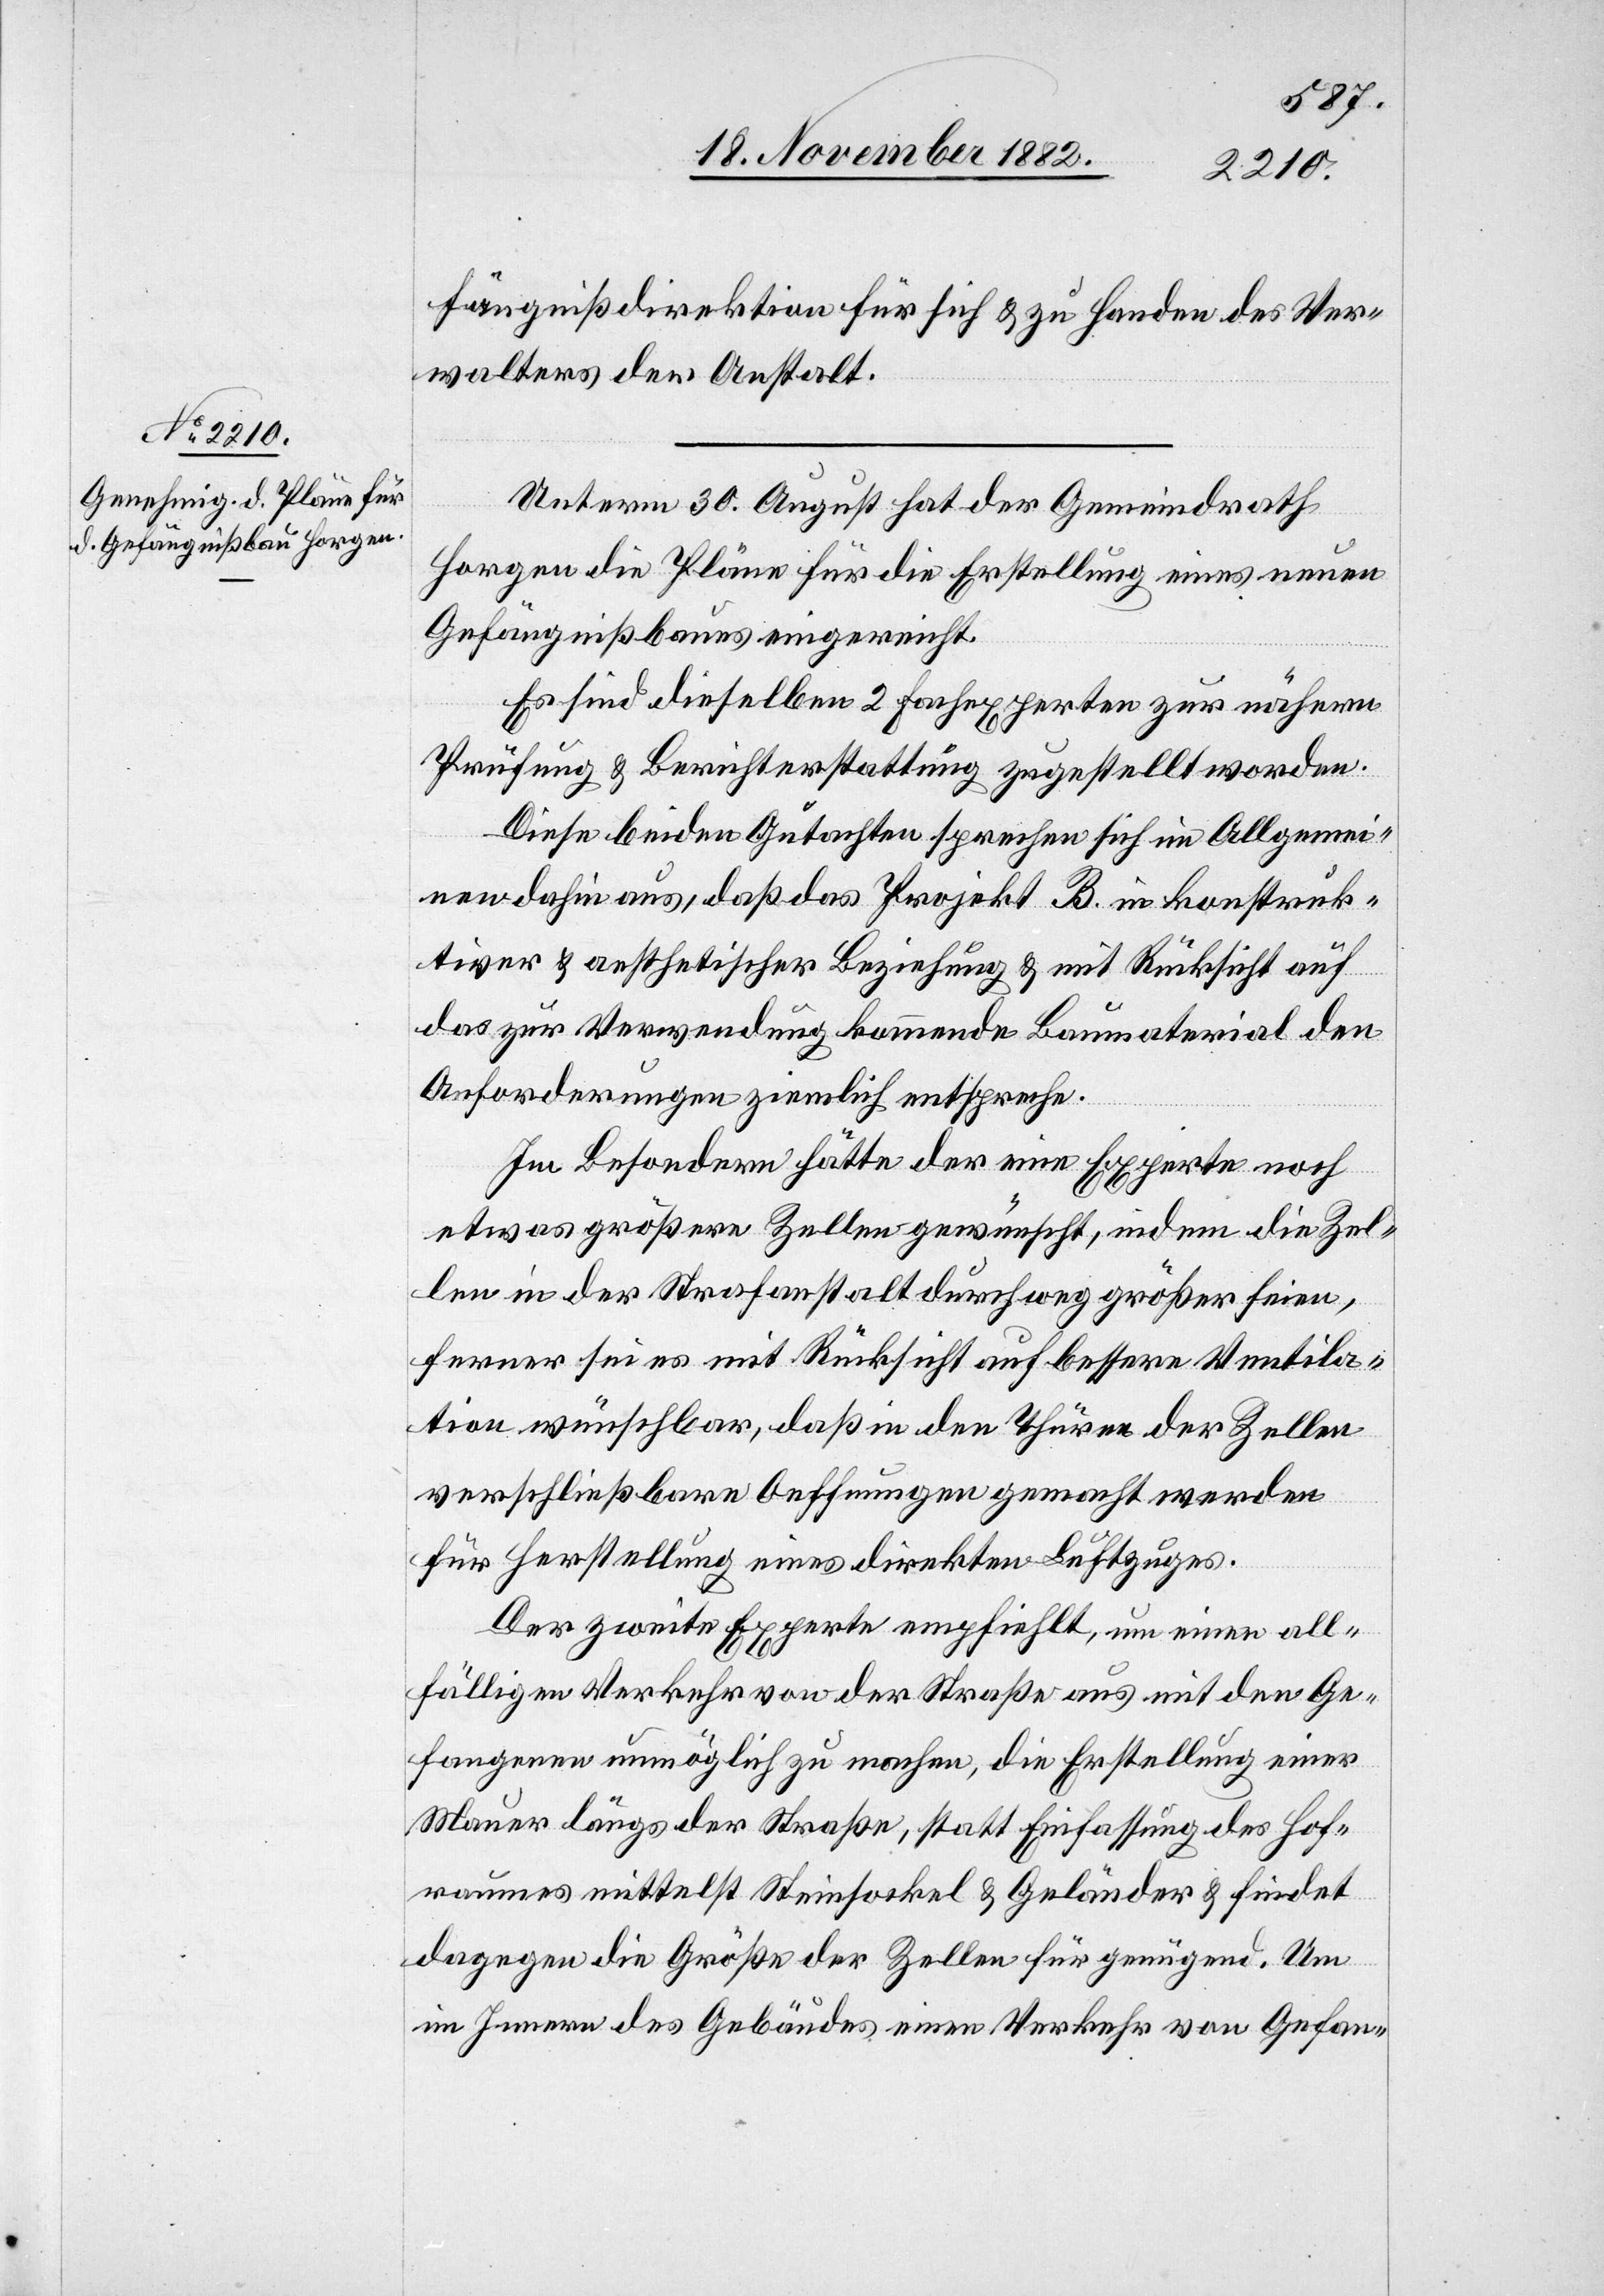
fängnißdirektion für sich & zu Handen des Ver¬
walters der Anstalt.
Unterm 30. August hat der Gemeindrath
Horgen die Pläne für die Erstellung eines neuen
Gefängnißbaues eingereicht.
Es sind dieselben 2 Fachexperten zur nähern
Prüfung & Berichterstattung zugestellt worden.
Diese beiden Gutachten sprechen sich im Allgemei¬
nen dahin aus, daß das Projekt B. in konstruk¬
tiver & aesthetischer Beziehung & mit Rücksicht auf
das zur Verwendung kommende Baumaterial den
Anforderungen ziemlich entspreche.
Im Besondern hätte der eine Experte noch
etwas größere Zellen gewünscht, indem die Zel¬
len in der Strafanstalt durchweg größer seien,
ferner sei es mit Rücksicht auf bessere Ventila¬
tion wünschbar, daß in den Thüren der Zellen
verschließbare Oeffnungen gemacht werden
für Herstellung eines direkten Luftzuges.
Der zweite Experte empfiehlt, um einen all¬
fälligen Verkehr von der Straße aus mit den Ge¬
fangenen unmöglich zu machen, die Erstellung einer
Mauer längs der Straße, statt Einfassung des Hof¬
raumes mittelst Steinsockel & Geländer & findet
dagegen die Größe der Zellen für genügend. Um
im Innern des Gebäudes einen Verkehr von Gefan-